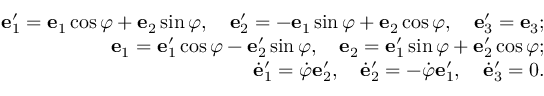
\begin{array} { r } { { \bf e } _ { 1 } ^ { \prime } = { \bf e } _ { 1 } \cos \varphi + { \bf e } _ { 2 } \sin \varphi , \quad { \bf e } _ { 2 } ^ { \prime } = - { \bf e } _ { 1 } \sin \varphi + { \bf e } _ { 2 } \cos \varphi , \quad { \bf e } _ { 3 } ^ { \prime } = { \bf e } _ { 3 } ; } \\ { { \bf e } _ { 1 } = { \bf e } _ { 1 } ^ { \prime } \cos \varphi - { \bf e } _ { 2 } ^ { \prime } \sin \varphi , \quad { \bf e } _ { 2 } = { \bf e } _ { 1 } ^ { \prime } \sin \varphi + { \bf e } _ { 2 } ^ { \prime } \cos \varphi ; } \\ { \dot { \bf e } _ { 1 } ^ { \prime } = \dot { \varphi } { \bf e } _ { 2 } ^ { \prime } , \quad \dot { \bf e } _ { 2 } ^ { \prime } = - \dot { \varphi } { \bf e } _ { 1 } ^ { \prime } , \quad \dot { \bf e } _ { 3 } ^ { \prime } = 0 . } \end{array}